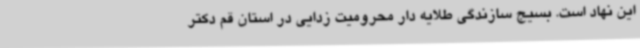
این نهاد است. بسیج سازندگی طلایه دار محرومیت زدایی در استان قم دکتر